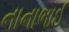
નાનાભાઈ